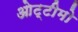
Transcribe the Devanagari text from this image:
ओट्टीमो